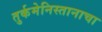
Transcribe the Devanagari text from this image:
तुर्कमेनिस्तानाचा